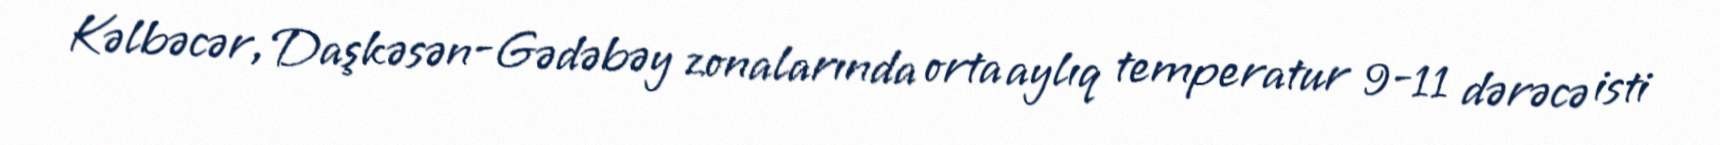
Kəlbəcər, Daşkəsən-Gədəbəy zonalarında orta aylıq temperatur 9-11 dərəcə isti